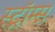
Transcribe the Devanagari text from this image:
स्ट्रॉम्स